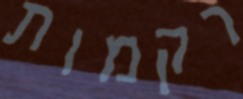
רקמות